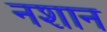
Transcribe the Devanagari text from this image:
नशान